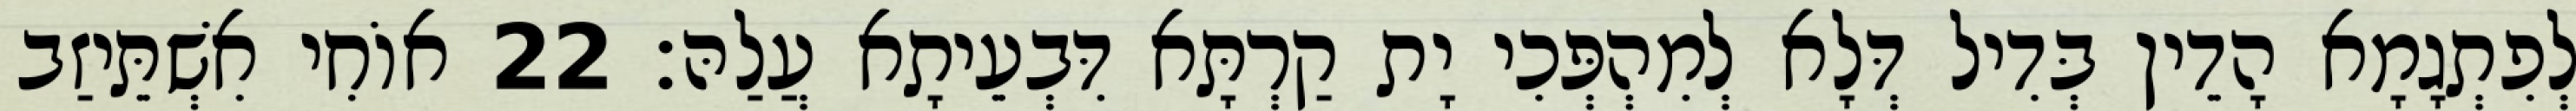
לְפִתְגָמָא הָדֵין בְּדִיל דְּלָא לְמִהְפְּכִי יָת קַרְתָּא דִּבְעֵיתָא עֲלַהּ׃ 22 אוֹחִי אִשְׁתֵּיזַב